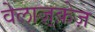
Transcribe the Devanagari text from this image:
वेलाज़्क़ेज़